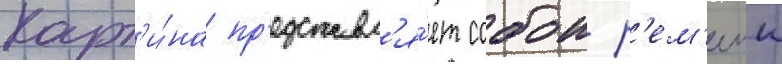
Карт'и́на пр'едставл'я́ет собои р'ем'еик